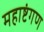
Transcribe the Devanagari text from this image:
महाष्टंगण